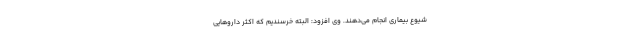
شیوع بیماری انجام می‌دهند. وی افزود: البته خرسندیم که اکثر داروهایی